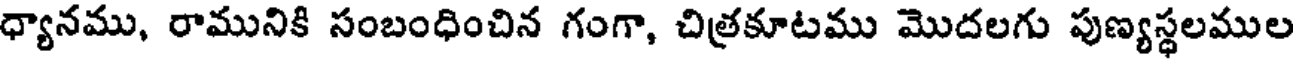
ధ్యానము, రామునికి సంబంధించిన గంగా, చిత్రకూటము మొదలగు పుణ్యస్థలముల